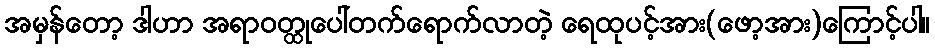
အမှန်တော့ ဒါဟာ အရာဝတ္ထုပေါ်တက်ရောက်လာတဲ့ ရေထုပင့်အား(ဖော့အား)ကြောင့်ပါ။